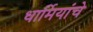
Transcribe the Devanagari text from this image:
धार्मियांचे